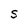
Character: S